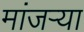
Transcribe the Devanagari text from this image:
मांजर्‍या